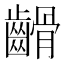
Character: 䶤